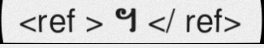
<ref > ។ </ ref>